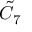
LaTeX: { \tilde { C } } _ { 7 }